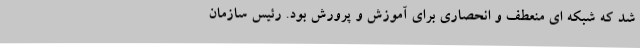
شد که شبکه ای منعطف و انحصاری برای آموزش و پرورش بود. رئیس سازمان